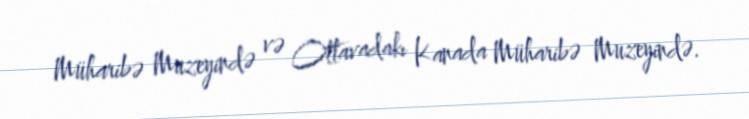
Müharibə Muzeyində və Ottavadakı Kanada Müharibə Muzeyində.